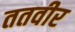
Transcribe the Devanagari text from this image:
ततवीर